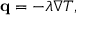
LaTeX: \mathbf { q } = - \lambda \nabla T ,